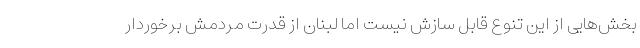
بخش‌هایی از این تنوع قابل سازش نیست اما لبنان از قدرت مردمش برخوردار